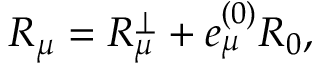
{ \cal R } _ { \mu } = R _ { \mu } ^ { \perp } + e _ { \mu } ^ { ( 0 ) } R _ { 0 } ,